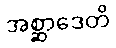
အစ္ဆာဒေတိ